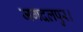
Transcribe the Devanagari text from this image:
जगदलपुर।